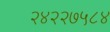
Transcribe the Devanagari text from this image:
२४२२७५८४